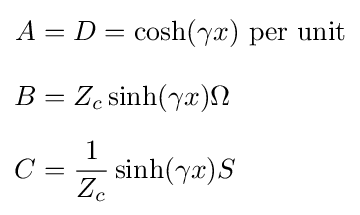
{\begin{aligned}A&=D=\cosh(\gamma x){\text{ per unit}}\\[3mm]B&=Z_{c}\sinh(\gamma x)\Omega \\[2mm]C&={\frac {1}{Z_{c}}}\sinh(\gamma x)S\end{aligned}}